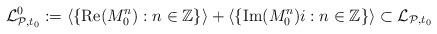
LaTeX: \begin{align*}\mathcal L^{0}_{\mathcal P,t_{0}}:=\langle \{\textnormal{Re}(M_{0}^{n}): n\in\mathbb Z\}\rangle + \langle \{\textnormal{Im}(M_{0}^{n})i: n\in\mathbb Z\}\rangle \subset\mathcal L_{\mathcal P,t_{0}}\end{align*}